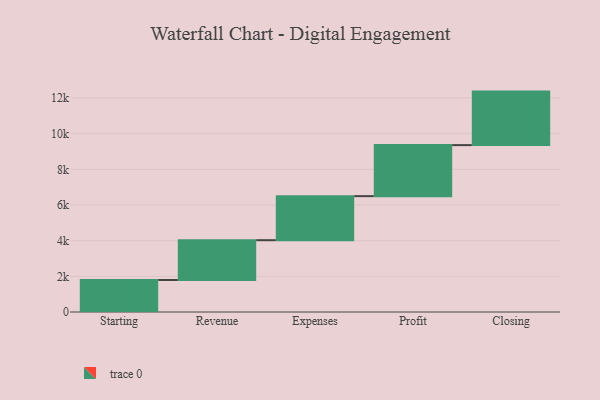
{"axis": {"x": "Step", "y": "Value"}, "legend": [""], "data": [{"x": "Starting", "y": 1795.0, "type": ""}, {"x": "Revenue", "y": 2230.0, "type": ""}, {"x": "Expenses", "y": 2470.0, "type": ""}, {"x": "Profit", "y": 2861.0, "type": ""}, {"x": "Closing", "y": 3000, "type": ""}]}